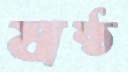
ষষ্ঠ